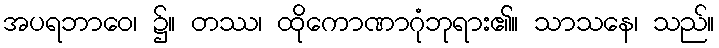
အပရဘာဝေ၊ ၌။ တဿ၊ ထိုကောဏာဂုံဘုရား၏။ သာသနေ၊ သည်။